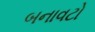
બનાવટો